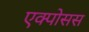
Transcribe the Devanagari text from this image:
एक्पोसस